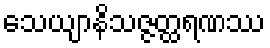
သေယျာနိသဇ္ဇတ္ထရဏဿ